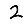
Digit: 2